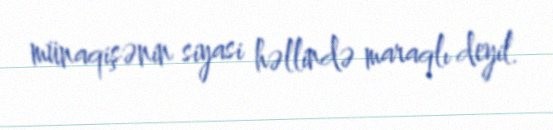
münaqişənin siyasi həllində maraqlı deyil.